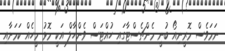
ނަމަވެސް މޮރީނިއޯ ބުނީ މެންޗެސްޓާގައި ހުއްޓަސް ވެންހާލް އަކީ މޮޅު މީހެއް ކަމަށާއި